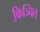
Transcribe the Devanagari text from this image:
कि़ञ्चित्